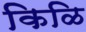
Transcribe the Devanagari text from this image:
किळि